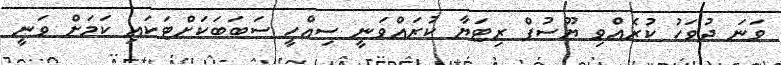
ވަނަ ދުވަހު ކުރެއްވި ޔޫސުފް ރިޓަޔާ ކުރައްވަނީ ސިއްހީ ސަބަބަކަށްޓަކައި ކަމަށް ވަނީ